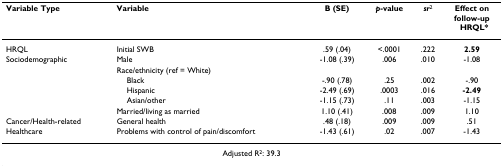
<table><thead><tr><td><b>Variable Type</b></td><td><b>Variable</b></td><td><b>B (SE)</b></td><td><b><i>p</i>-value</b></td><td><b><i>sr</i><sup>2</sup></b></td><td><b>Effect onfollow-upHRQL*</b></td></tr></thead><tbody><tr><td>HRQL</td><td>Initial SWB</td><td>.59 (.04)</td><td>&lt;.0001</td><td>.222</td><td><b>2.59</b></td></tr><tr><td>Sociodemographic</td><td>Male</td><td>-1.08 (.39)</td><td>.006</td><td>.010</td><td>-1.08</td></tr><tr><td>[EMPTY_CELL]</td><td>Race/ethnicity (ref = White)</td><td>[EMPTY_CELL]</td><td>[EMPTY_CELL]</td><td>[EMPTY_CELL]</td><td>[EMPTY_CELL]</td></tr><tr><td>[EMPTY_CELL]</td><td> Black</td><td>-.90 (.78)</td><td>.25</td><td>.002</td><td>-.90</td></tr><tr><td>[EMPTY_CELL]</td><td> Hispanic</td><td>-2.49 (.69)</td><td>.0003</td><td>.016</td><td><b>-2.49</b></td></tr><tr><td>[EMPTY_CELL]</td><td> Asian/other</td><td>-1.15 (.73)</td><td>.11</td><td>.003</td><td>-1.15</td></tr><tr><td>[EMPTY_CELL]</td><td>Married/living as married</td><td>1.10 (.41)</td><td>.008</td><td>.009</td><td>1.10</td></tr><tr><td>Cancer/Health-related</td><td>General health</td><td>.48 (.18)</td><td>.009</td><td>.009</td><td>.51</td></tr><tr><td>Healthcare</td><td>Problems with control of pain/discomfort</td><td>-1.43 (.61)</td><td>.02</td><td>.007</td><td>-1.43</td></tr><tr><td colspan="6">Adjusted R<sup>2</sup>: 39.3</td></tr></tbody></table>